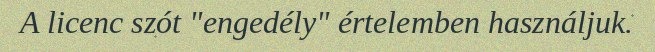
A licenc szót "engedély" értelemben használjuk.